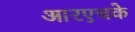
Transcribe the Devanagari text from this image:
आरएचके